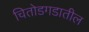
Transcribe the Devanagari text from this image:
चितोडगडातील